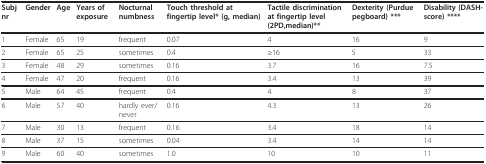
| Subj nr | Gender | Age | Years of exposure | Nocturnal numbness | Touch threshold at fingertip level* (g, median) | Tactile discrimination at fingertip level (2PD,median)** | Dexterity (Purdue pegboard) *** | Disability (DASH-score) **** |
 | --- | --- | --- | --- | --- | --- | --- | --- | --- |
 | 1 | Female | 65 | 19 | frequent | 0.07 | 4 | 16 | 9 |
 | 2 | Female | 65 | 25 | sometimes | 0.4 | ≥16 | 5 | 33 |
 | 3 | Female | 48 | 29 | sometimes | 0.16 | 3.7 | 16 | 7.5 |
 | 4 | Female | 47 | 20 | frequent | 0.16 | 3.4 | 13 | 39 |
 | 5 | Male | 64 | 45 | frequent | 0.4 | 4 | 8 | 37 |
 | 6 | Male | 57 | 40 | hardly ever/never | 0.16 | 4.3 | 13 | 26 |
 | 7 | Male | 30 | 13 | frequent | 0.16 | 3.4 | 18 | 14 |
 | 8 | Male | 37 | 15 | sometimes | 0.04 | 3.4 | 14 | 14 |
 | 9 | Male | 60 | 40 | sometimes | 1.0 | 10 | 10 | 11 |